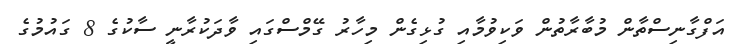
އަފްގާނިސްތާން މުބާރާތުން ވަކިވުމާއި ގުޅިގެން މިހާރު ގޭމްސްގައި ވާދަކުރާނީ ސާކުގެ 8 ގައުމުގެ